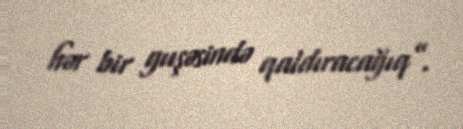
hər bir guşəsində qaldıracağıq”.